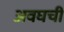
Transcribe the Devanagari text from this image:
अवघची